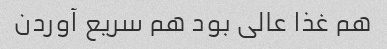
هم غذا عالی بود هم سریع آوردن